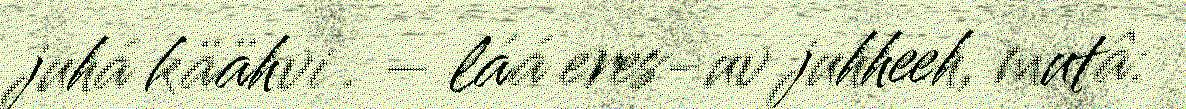
juhá käähvi . – láá eres-uv juhheeh, mutâ: